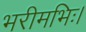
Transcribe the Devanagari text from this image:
भरीमभिः।